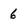
Character: 6